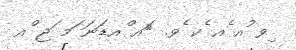
ިވ ުއ ެއ ެކ ެވ. 	ައ ްއޑަނަ ަމ ަޖ ްއ